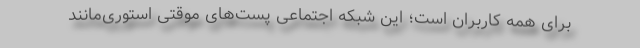
برای همه کاربران است؛ این شبکه اجتماعی پست‌های موقتی استوری‌مانند